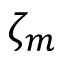
\zeta _ { m }